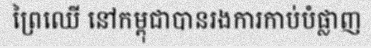
ព្រៃឈើ នៅកម្ពុជាបានរងការកាប់បំផ្លាញ